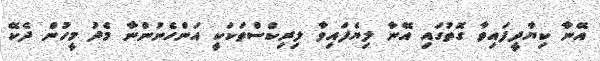
އޭނާ ކިޔާދީފައިވާ ގޮތުގައި އޭނާ ލިޔެފައިވާ ލިރިކްސްތަކަކީ އަންހެނުންނާ މެދު މީހުން ދެކޭ